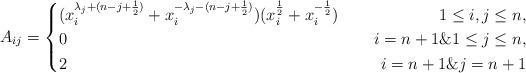
LaTeX: \begin{align*}A_{ij}=\left\{\begin{aligned}&(x^{\lambda_j+(n-j+\frac{1}{2})}_i+x^{-\lambda_j-(n-j+\frac{1}{2})}_i)(x^{\frac{1}{2}}_i+x^{-\frac{1}{2}}_i)~~&~~1\leq i,j\leq n,\\&0~~&~~i=n+1\& 1\leq j\leq n,\\&2~~&~~i=n+1\& j=n+1\end{aligned}\right.\end{align*}